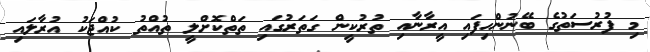
މި ފުރުސަތުގެ ބޭނުންހިފައި އީރާނާއި ތުރުކީން ގަތަރުގައި ތަތްކޮށްލީ ތުއްތު ކުއްޖަކު އުރާލައި